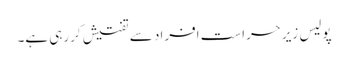
پولیس زیرحراست افراد سے تفتیش کررہی ہے۔